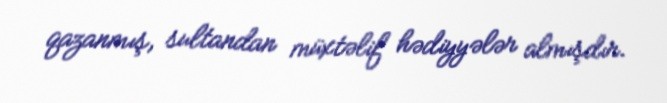
qazanmış, sultandan müxtəlif hədiyyələr almışdır.